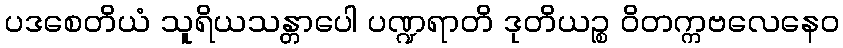
ပဒစေတိယံ သူရိယသန္တာပေါ ပဏ္ဍရာတိ ဒုတိယဉ္စ ဝိတက္ကဗလေနေဝ